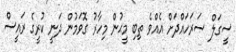
ސީގަލް ސަރަހައްދަށް އެއްވެ ތިބި މީޙުން މިހާރު ގޮވަމުން ދަނީ ކުރީގެ ރައީސް